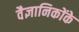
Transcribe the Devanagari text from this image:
वैज्ञानिकोंके